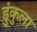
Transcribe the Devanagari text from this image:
डुंकुला